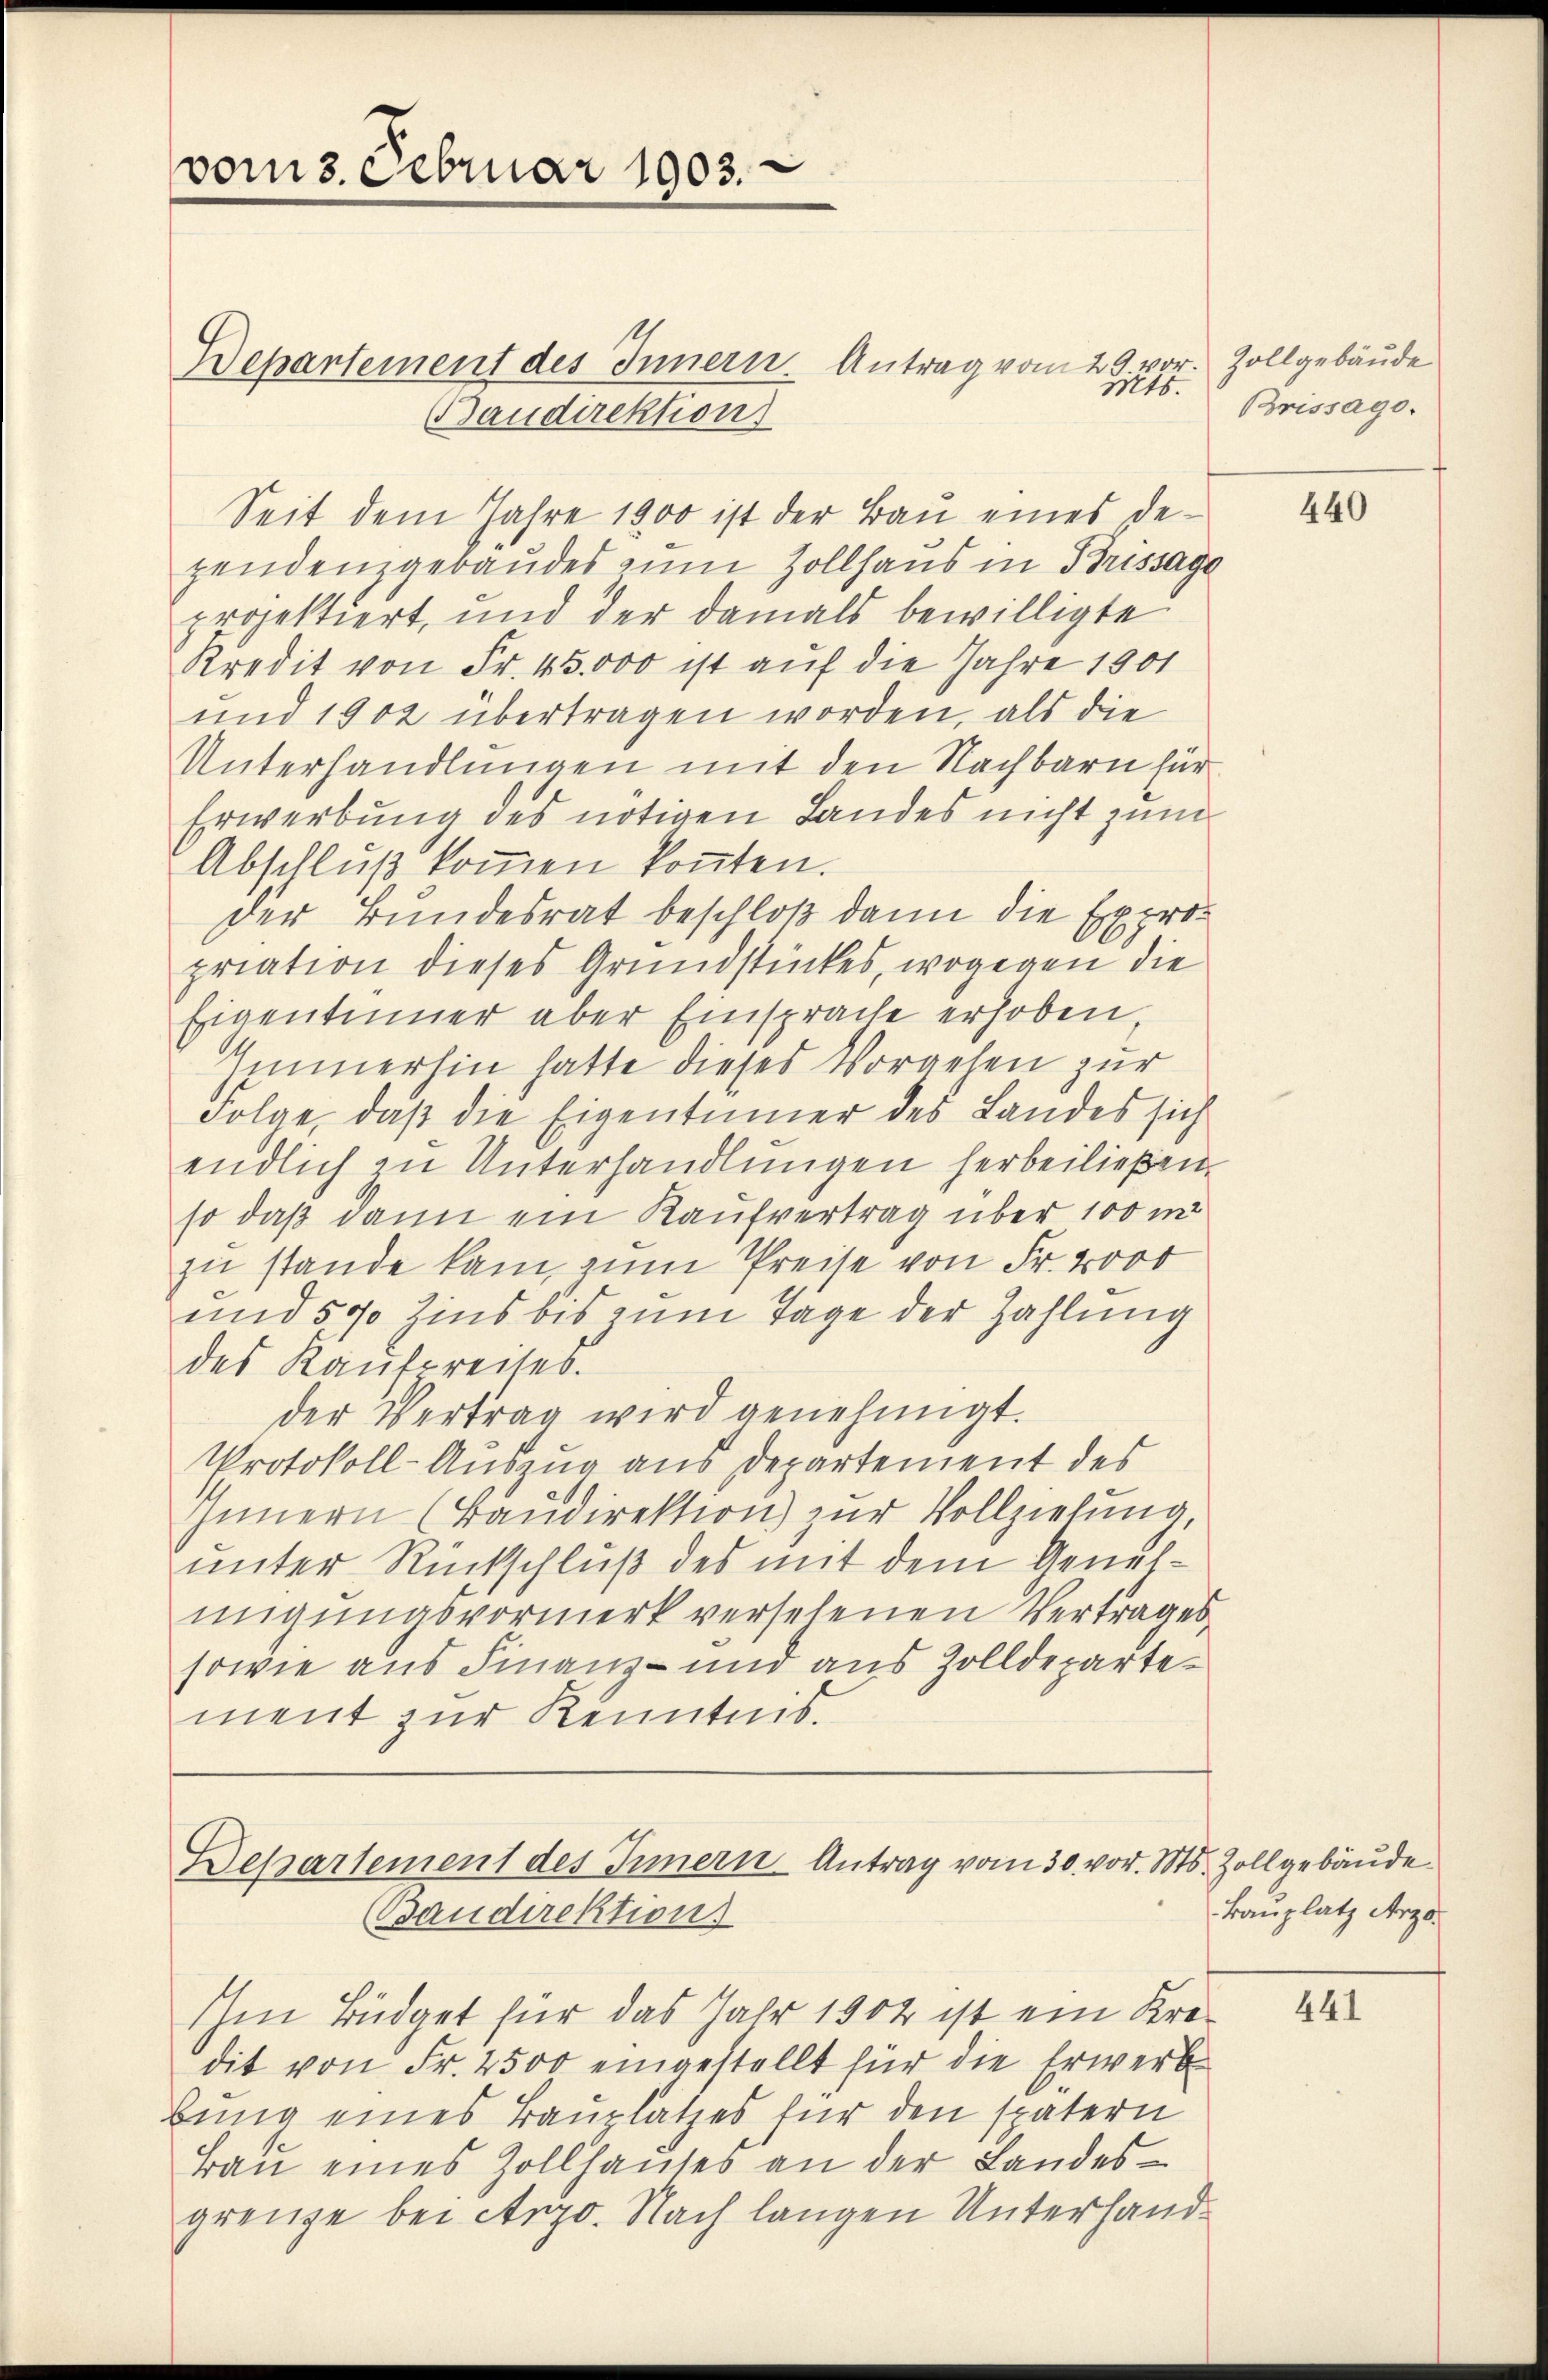
e
voms.Februar 1903.

Dehartement des Innern. Antrag vom 29 vor. Zollgebäude
Daudirektion
Seit dem Jahre 1900 ist der Bau eines dezendenzgebäudes zum Zollhaus in Brissage
projektiert, und der damals bewilligte
Kredit von Fr. 45000 ist auf die Jahre 1901
und 1902 übertragen worden, als die
Unterhandlungen mit den Nachbarn für
Erwerbung des nötigen Landes nicht zum
Abschluß kommen konten.
der Bundesrat beschloß dann die Expropriation dieses Grundstückes, wogegen die
Eigentümer aber Einsprache erhoben
Immerhin hatte dieses Vorgehen zur
Folge, daß die Eigentümer des Landes sich
endlich in Unterhandlungen herbeiließen.
so daß dann ein Kaufvertrag über 100 m
zu stande kam, zum Preise von Fr. 2000
und 500 Zins bis zum Tage der Zahlung
des Kaufpreites.
der Vertrag wird genehmigt.
Protokoll-Auszug aus Departement des
Innern (Baŭdirektion zur Vollzielung,
unter Rückschluß des mit dem Genehmigŭngsvormerk versehenen Vertrages
sowie aus Finanz- und aus Zolldepartement zur Kenntnis.

Departement des Innern Antrag vom 30. vor. Mts. Zollgebäude
Baudirektion

Mts.
Brissago.

Ihm Büdget für das Jahr 1902 ist ein Kredit von Fr. 2500 eingestellt für die Erwerb-
bung eines Bauplatzes für den spätern
Bau eines Zollhauses an der Landesgrenze bei Arzo. Nach langen Unterhand¬

440

Bauplatz Arzo¬

441